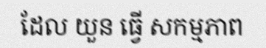
ដែល យួន ធ្វើ សកម្មភាព